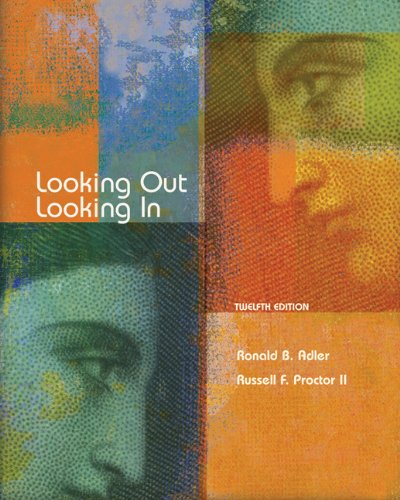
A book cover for Looking Out, Looking In; Ronald B. Adler; Politics & Social Sciences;